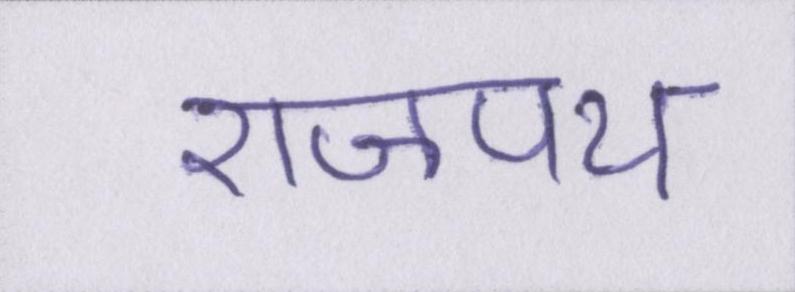
राजपथ